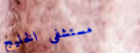
مستشفى الخليج